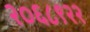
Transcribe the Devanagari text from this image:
२०६८९२२